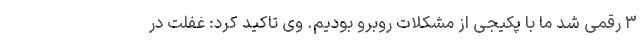
۳ رقمی شد ما با پکیجی از مشکلات روبرو بودیم. وی تاکید کرد: غفلت در